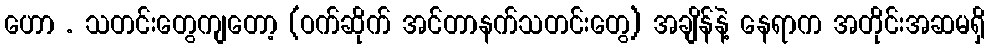
ဟော . သတင်းတွေကျတော့ (ဝက်ဆိုက် အင်တာနက်သတင်းတွေ) အချိန်နဲ့ နေရာက အတိုင်းအဆမရှိ